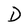
Character: D